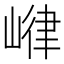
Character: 𱛼